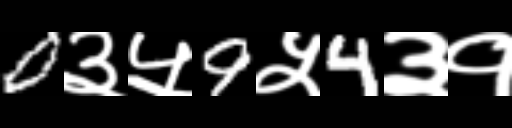
Text: 0३५9५4३१